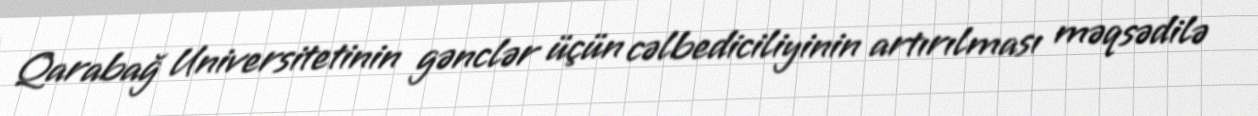
Qarabağ Universitetinin gənclər üçün cəlbediciliyinin artırılması məqsədilə